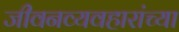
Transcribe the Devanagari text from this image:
जीवनव्यवहारांच्या